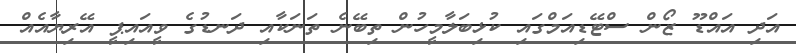
އަދި އައްޑޫ ޒޯން ސްޓޭޑިއަމްގައި ކުޅިބަލާމީހުން ތިބޭނެ ތަނަކާއި ދަނޑުގެ ވީއައިޕީ އޭރިޔާއެއް